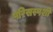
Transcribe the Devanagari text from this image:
परिसस्पर्शी